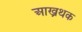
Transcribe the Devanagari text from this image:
आख्रथक